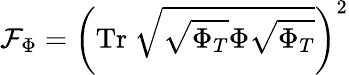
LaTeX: \mathcal{F}_{\Phi}=\left(\mathrm{Tr}~\sqrt{\sqrt{\Phi_{T}}\Phi\sqrt{\Phi_{T}}}\right)^{2}